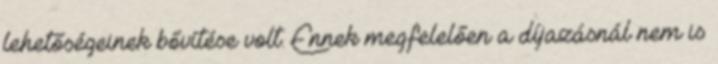
lehetőségeinek bővítése volt. Ennek megfelelően a díjazásnál nem is